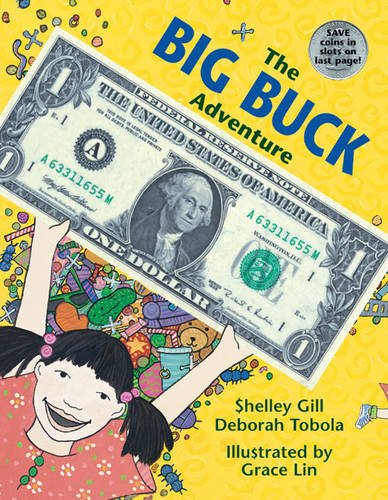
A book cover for The Big Buck Adventure; Shelley Gill; Children's Books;